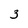
Character: 3